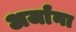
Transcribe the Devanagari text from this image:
अर्जांना